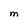
Character: M